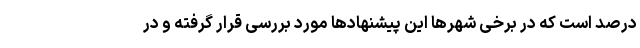
درصد است که در برخی شهرها این پیشنهادها مورد بررسی قرار گرفته و در